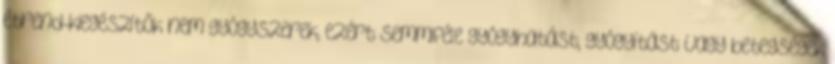
étrend-kiegészítők nem gyógyszerek, ezért semmiféle gyógyhatást, gyógyítást vagy betegségek